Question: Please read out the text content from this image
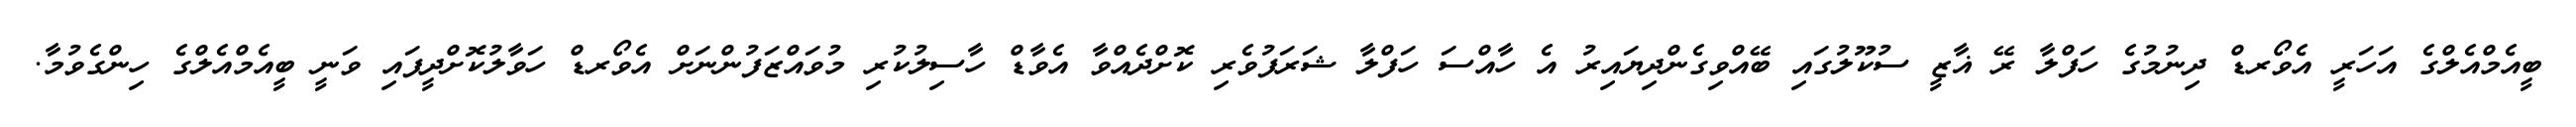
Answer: ބީއެމްއެލްގެ އަހަރީ އެވޯރޑް ދިނުމުގެ ހަފްލާ ރޭ ޣާޒީ ސުކޫލުގައި ބޭއްވިގެންދިޔައިރު އެ ހާއްސަ ހަފްލާ ޝަރަފުވެރި ކޮށްދެއްވާ އެވާޑް ހާސިލުކުރި މުވައްޒަފުންނަށް އެވޯރޑް ހަވާލުކޮށްދީފައި ވަނީ ބީއެމްއެލްގެ ހިންގެވުމާ.